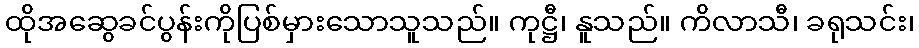
ထိုအဆွေခင်ပွန်းကိုပြစ်မှားသောသူသည်။ ကုဋ္ဌီ၊ နူသည်။ ကိလာသီ၊ ခရုသင်း၊